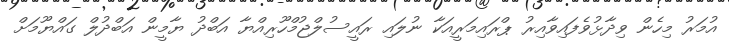
އުމަރު މިހެން ވިދާޅުވެފައިވާއިރު ޕްރައިމަރީއަކާ ނުލައި ރައީސުލްޖުމްހޫރިއްޔާ އަބްދު ޔާމީން އަބްދުލް ގައްޔޫމަށް